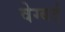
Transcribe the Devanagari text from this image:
वेग्बर्ट